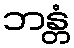
ဘန္တံ